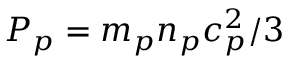
P _ { p } = m _ { p } n _ { p } c _ { p } ^ { 2 } / 3